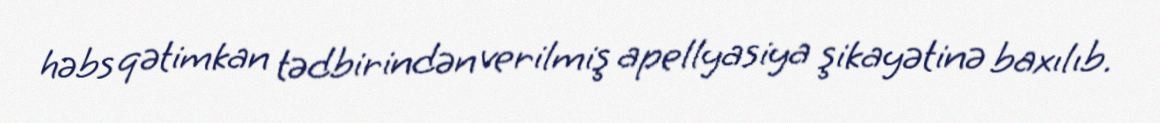
həbs qətimkan tədbirindən verilmiş apellyasiya şikayətinə baxılıb.